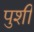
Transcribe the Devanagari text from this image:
पुशी